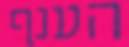
הענף